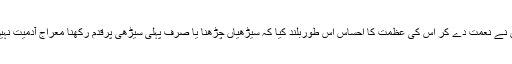
اس نے نعمت دے کر اس کی عظمت کا احساس اس طوربُلند کیا کہ سیڑھیاں چڑھنا یا صرف پہلی سیڑھی پرقدم رکھنا معراجِ آدمیت نہیں ۔